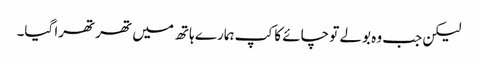
لیکن جب وہ بولے تو چائے کا کپ ہمارے ہاتھ میں تھرتھرا گیا۔